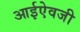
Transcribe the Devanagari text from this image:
आईऐवजी